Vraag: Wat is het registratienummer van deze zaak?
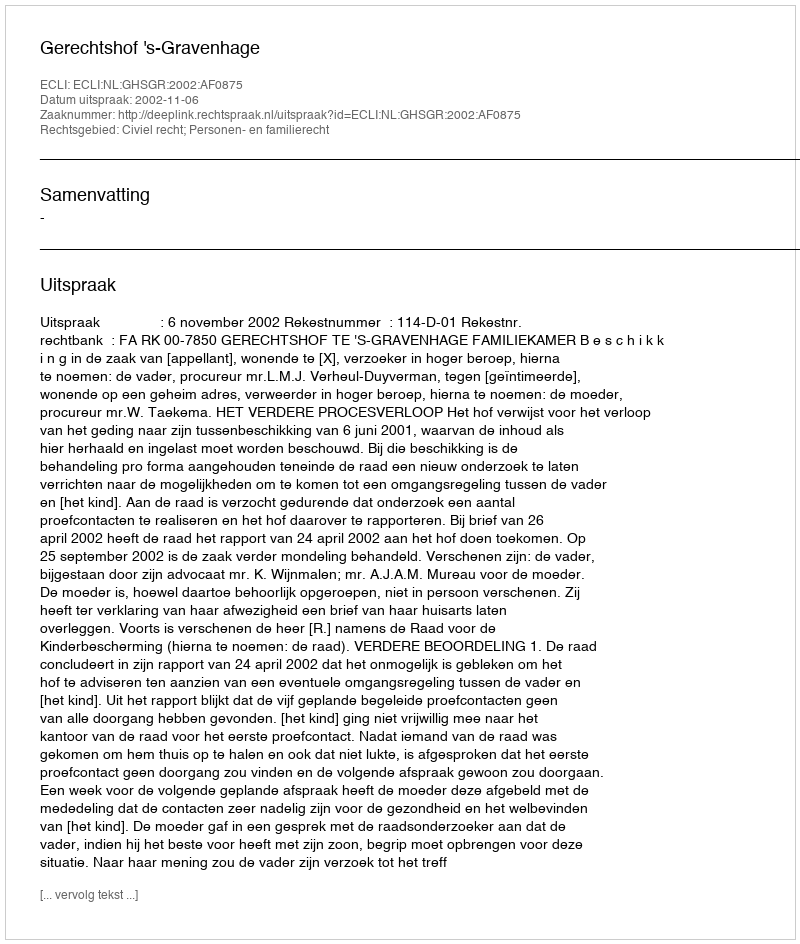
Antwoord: http://deeplink.rechtspraak.nl/uitspraak?id=ECLI:NL:GHSGR:2002:AF0875